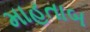
માહતાબ